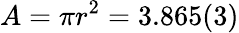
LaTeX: A=\pi r^{2}=3.865(3)